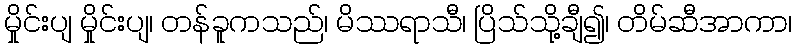
မှိုင်းပျ မှိုင်းပျ၊ တန်ခူကသည်၊ မိဿရာသီ၊ ပြိသ်သို့ချီ၍၊ တိမ်ဆီအာကာ၊